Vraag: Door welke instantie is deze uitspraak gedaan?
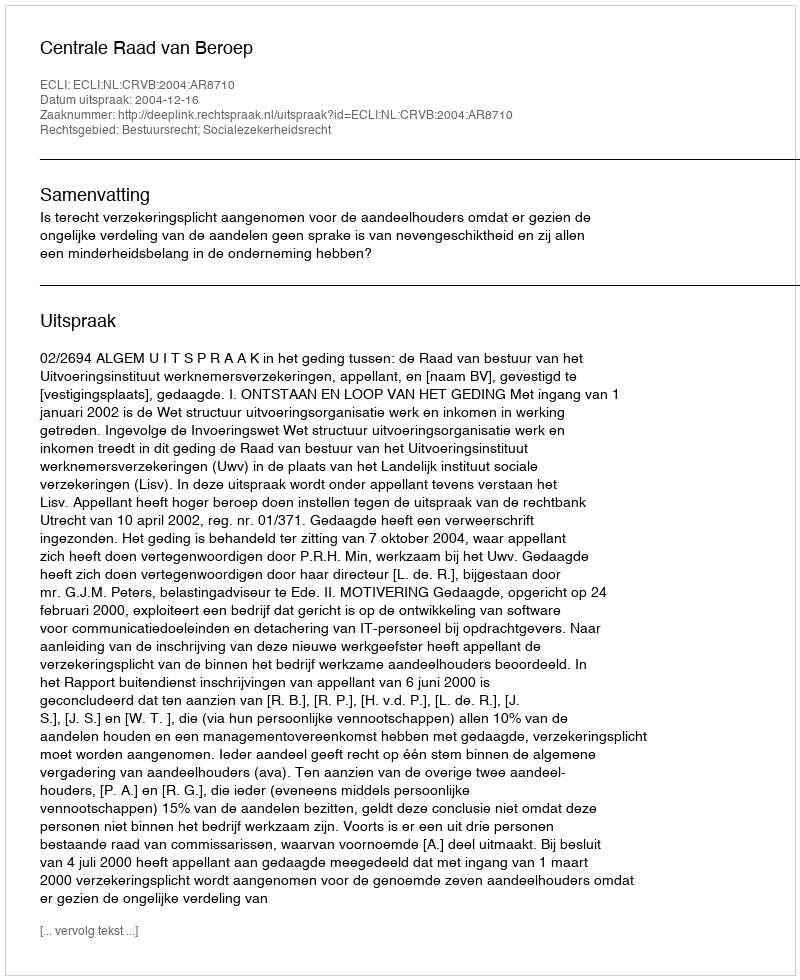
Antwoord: Centrale Raad van Beroep